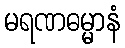
မရဏဓမ္မာနံ